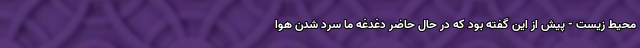
محیط زیست - پیش از این گفته بود که در حال حاضر دغدغه ما سرد شدن هوا